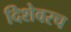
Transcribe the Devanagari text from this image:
दिशेवरच